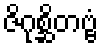
ဇိဂုစ္ဆိတဗ္ဗံ